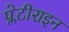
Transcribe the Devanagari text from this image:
प्लेटीराइन